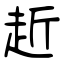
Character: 赾